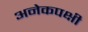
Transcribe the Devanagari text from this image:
अनेकपक्षी